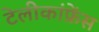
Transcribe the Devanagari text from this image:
टेलीकांफ्रेंस